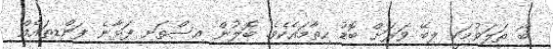
ބޯ ތަލަވުމަކީ ލިބޭ ވަރަށް ބޮޑު ހިތާމައެކެވެ. ބޮލުން އިސްތަށި ފަޅާނެ ފަންޑިތައެއް